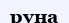
руна